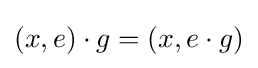
(x,e)\cdot g=(x,e\cdot g)